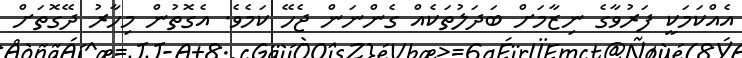
އެއްކަމަކީ ފަރުވާގެ ނިޒާމަށް ބަދަލުތަކެއް ގެންނަން ޖެހޭ ކަމެވެ. އެގޮތުން މިހާރު ދޭގޮތަށް